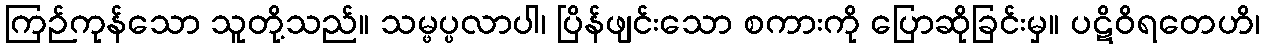
ကြဉ်ကုန်သော သူတို့သည်။ သမ္ဖပ္ပလာပါ၊ ပြိန်ဖျင်းသော စကားကို ပြောဆိုခြင်းမှ။ ပဋိဝိရတေဟိ၊